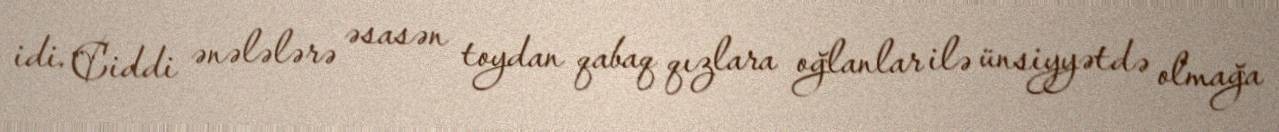
idi. Ciddi ənələlərə əsasən toydan qabaq qızlara oğlanlar ilə ünsiyyətdə olmağa